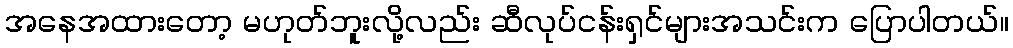
အနေအထားတော့ မဟုတ်ဘူးလို့လည်း ဆီလုပ်ငန်းရှင်များအသင်းက ပြောပါတယ်။